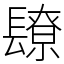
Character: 镽